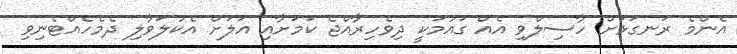
އެންމެ ރަނގަޅަށް ހާސިލްވި އެއް ގައުމަކީ ދިވެހިރާއްޖެ ކަމަށާއި އަލަށް އެކުލަވާލި ދެމެހެއްޓެނިވި